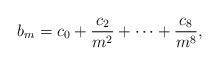
LaTeX: \begin{align*}b_m = c_0 + \frac{c_2}{m^2} + \cdots + \frac{c_8}{m^8},\end{align*}